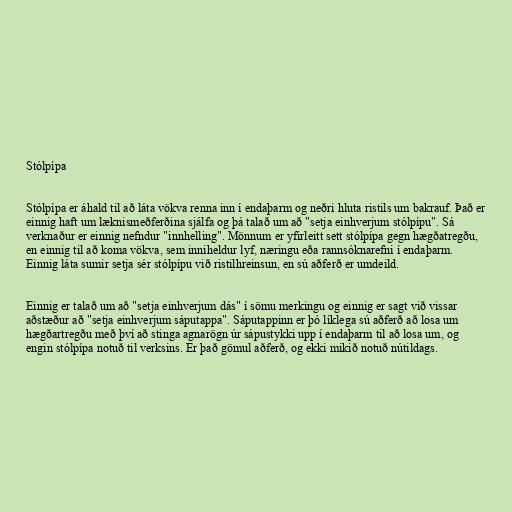
Stólpípa

Stólpípa er áhald til að láta vökva renna inn í endaþarm og neðri hluta ristils um bakrauf. Það er
einnig haft um læknismeðferðina sjálfa og þá talað um að "setja einhverjum stólpípu". Sá
verknaður er einnig nefndur "innhelling". Mönnum er yfirleitt sett stólpípa gegn hægðatregðu,
en einnig til að koma vökva, sem inniheldur lyf, næringu eða rannsóknarefni í endaþarm.
Einnig láta sumir setja sér stólpípu við ristilhreinsun, en sú aðferð er umdeild.

Einnig er talað um að "setja einhverjum dás" í sömu merkingu og einnig er sagt við vissar
aðstæður að "setja einhverjum sáputappa". Sáputappinn er þó líklega sú aðferð að losa um
hægðartregðu með því að stinga agnarögn úr sápustykki upp í endaþarm til að losa um, og
engin stólpípa notuð til verksins. Er það gömul aðferð, og ekki mikið notuð nútildags.